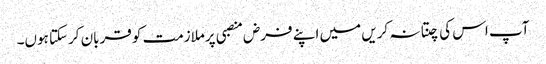
آپ اس کی چنتا نہ کریں میں اپنے فرض منصبی پرملازمت کو قربان کرسکتا ہوں۔